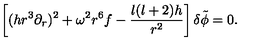
\left[ ( h r ^ { 3 } \partial _ { r } ) ^ { 2 } + \omega ^ { 2 } r ^ { 6 } f - { \frac { l ( l + 2 ) h } { r ^ { 2 } } } \right] \delta \tilde { \phi } = 0 .